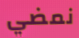
نمضي